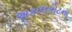
અકાલકોટના